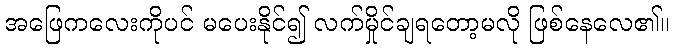
အဖြေကလေးကိုပင် မပေးနိုင်၍ လက်မှိုင်ချရတော့မလို ဖြစ်နေလေ၏။